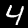
Digit: 4